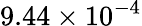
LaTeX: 9.44\times 10^{-4}